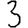
Digit: 3